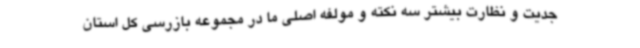
جدیت و نظارت بیشتر سه نکته و مولفه اصلی ما در مجموعه بازرسی کل استان